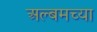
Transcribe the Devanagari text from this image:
अल्बमच्या